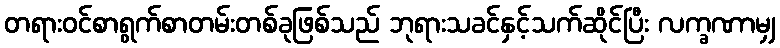
တရားဝင်စာရွက်စာတမ်းတစ်ခုဖြစ်သည် ဘုရားသခင်နှင့်သက်ဆိုင်ပြီး လက္ခဏာမျှ